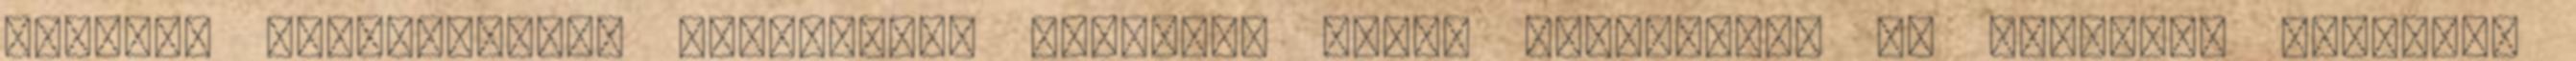
General Conferenceon Weightsand Measures által elfogadott és ajánlott koherens